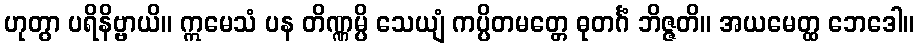
ဟုတွာ ပရိနိဗ္ဗာယိ။ ဣမေသံ ပန တိဏ္ဏမ္ပိ သေယျံ ကပ္ပိတမတ္တေ ဓုတင်္ဂံ ဘိဇ္ဇတိ။ အယမေတ္ထ ဘေဒေါ။